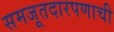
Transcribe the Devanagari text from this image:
समजूतदारपणाची